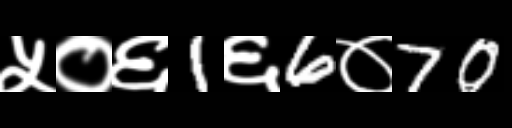
Text: ५०६1६6०70